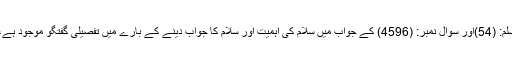
آپس میں سلام کو عام کرو) مسلم: (54)اور سوال نمبر: (4596) کے جواب میں سلام کی اہمیت اور سلام کا جواب دینے کے بارے میں تفصیلی گفتگو موجود ہے، اس کا مطالعہ بھی مفید ہوگا۔